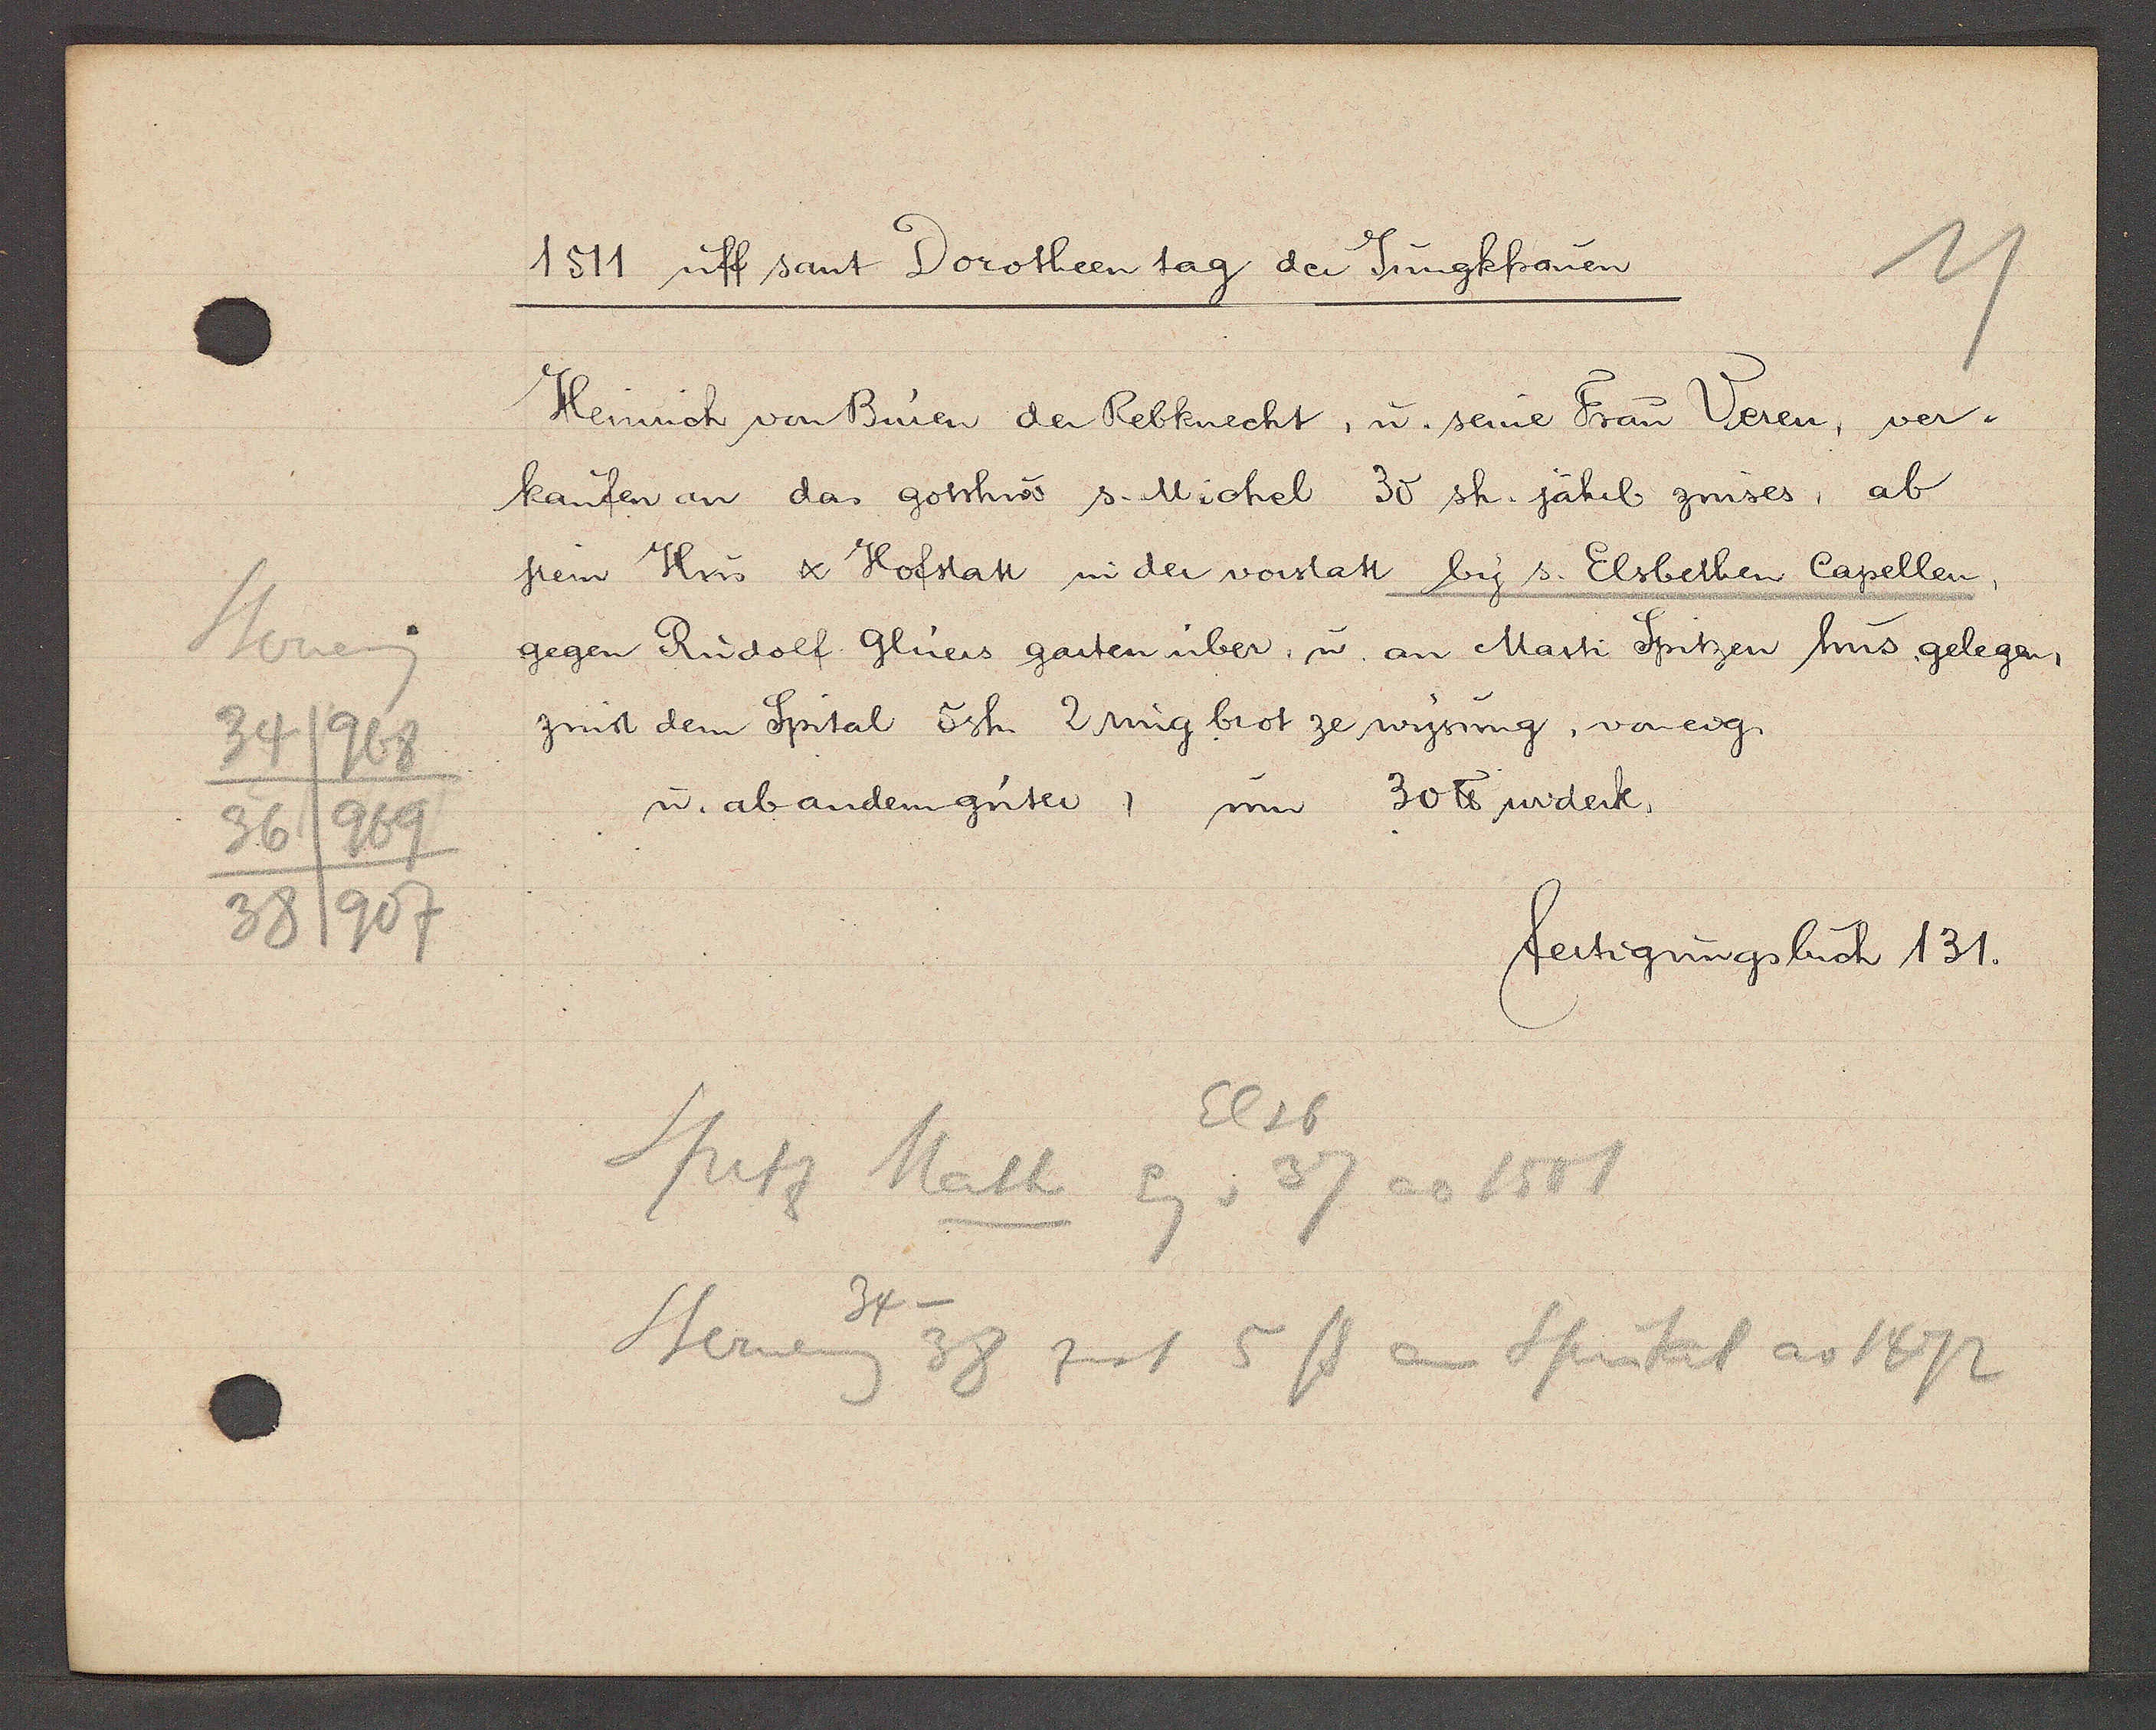
Transcript:
Sterneng
34
968
969
36
38/907

1511 uff sant Dorotheen tag der Jungkfrauen

Heinrich von Buien der Rebknecht, u. seine Frau Veren, ver¬
kaufen an das gotshus s. Michel 30 sh. jährl zinses, ab
jrem Hus & Hofstatt in der vorstatt by s. Elsbethen Capellen,
gegen Rudolf Gluers garten über, u an Marti Spitzen hus gelegen,
zinst dem Spital 5sh 2ring brot ze wysung, voneig.
u. ab andern güter, um 30 ℔ widerk.

fertigungsbuch 131.

Elsb
Sputz Math Eg v 37 ao 1501
Sterneng 38 zinst 5 ß an Spital ao 1472